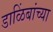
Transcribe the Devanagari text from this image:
डाळिंबांच्या